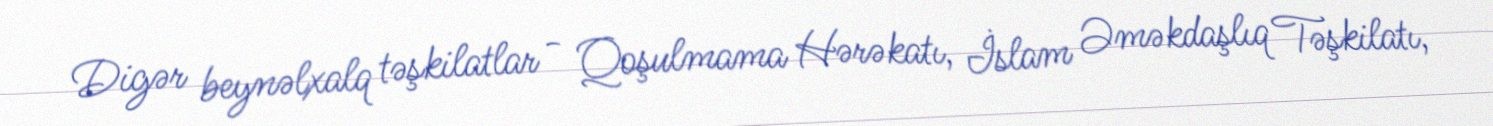
Digər beynəlxalq təşkilatlar - Qoşulmama Hərəkatı, İslam Əməkdaşlıq Təşkilatı,